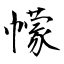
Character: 幪